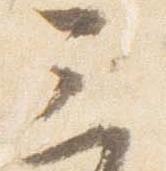
三